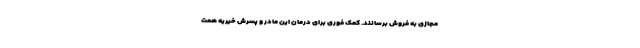
مجازی به فروش برسانند. کمک فوری برای درمان این مادر و پسرش خیریه همت